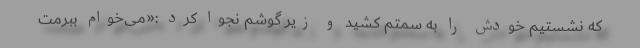
که نشستیم خودش را به سمتم کشید و زیر گوشم نجوا کرد :«می‌خوام ببرمت